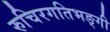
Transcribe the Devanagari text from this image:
रुचिरगतिभङ्गी